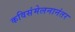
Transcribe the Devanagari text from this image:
कविसंमेलनानंतर